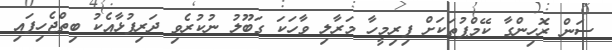
ސަން ރޮހިންގާ ކޭމްޕުތަކަށް ފިރިމީހާ މަރާލި ވާހަކަ ގަބޫލު ނުކުރެވި ދަރިފުޅާއެކު ބިތްޖެހިފައި